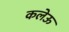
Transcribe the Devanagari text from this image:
कलेऊ